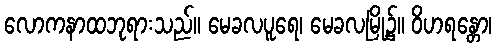
လောကနာထဘုရားသည်။ မေခလပူရေ၊ မေခလမြို့၌။ ဝိဟရန္တော၊